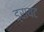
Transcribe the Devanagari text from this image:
ड्रायट